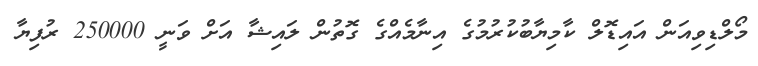
މޯލްޑިވިއަން އައިޑޮލް ކާމިޔާބުކުރުމުގެ އިނާމެއްގެ ގޮތުން ލައިޝާ އަށް ވަނީ 250000 ރުފިޔާ